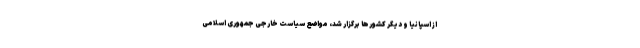
از اسپانیا و دیگر کشورها برگزار شد، مواضع سیاست خارجی جمهوری اسلامی